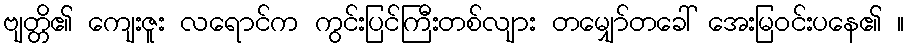
ဗျတ္တိ၏ ကျေးဇူး လရောင်က ကွင်းပြင်ကြီးတစ်လျား တမျှော်တခေါ် အေးမြဝင်းပနေ၏ ။